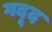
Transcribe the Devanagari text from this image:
गदूद